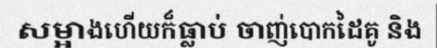
សម្អាងហើយក៏ធ្លាប់ ចាញ់បោកដៃគូ និង